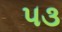
૫૩